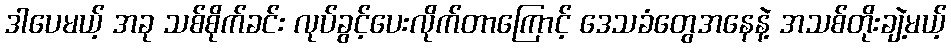
ဒါပေမယ့် အခု သစ်စိုက်ခင်း လုပ်ခွင့်ပေးလိုက်တာကြောင့် ဒေသခံတွေအနေနဲ့ အသစ်တိုးချဲ့မယ့်